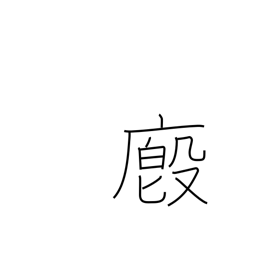
Meaning: stable